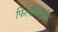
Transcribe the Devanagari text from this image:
फिलोसोफीस